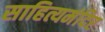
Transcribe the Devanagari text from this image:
साहित्यमंदिर